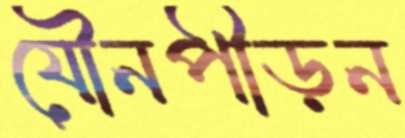
যৌনপীড়ন